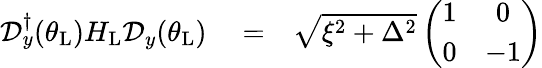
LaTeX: \begin{array}{rlr}{\mathcal{D}_{y}^{\dagger}(\theta_{\mathrm{L}})H_{\mathrm{L}}\mathcal{D}_{y}(\theta_{\mathrm{L}})}&{{}=}&{\sqrt{\xi^{2}+\Delta^{2}}\left(\begin{array}{cc}{1}&{0}\\ {0}&{-1}\end{array}\right)}\end{array}